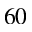
6 0